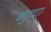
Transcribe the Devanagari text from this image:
गुच्चा